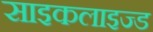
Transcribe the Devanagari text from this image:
साइकलाइज्ड